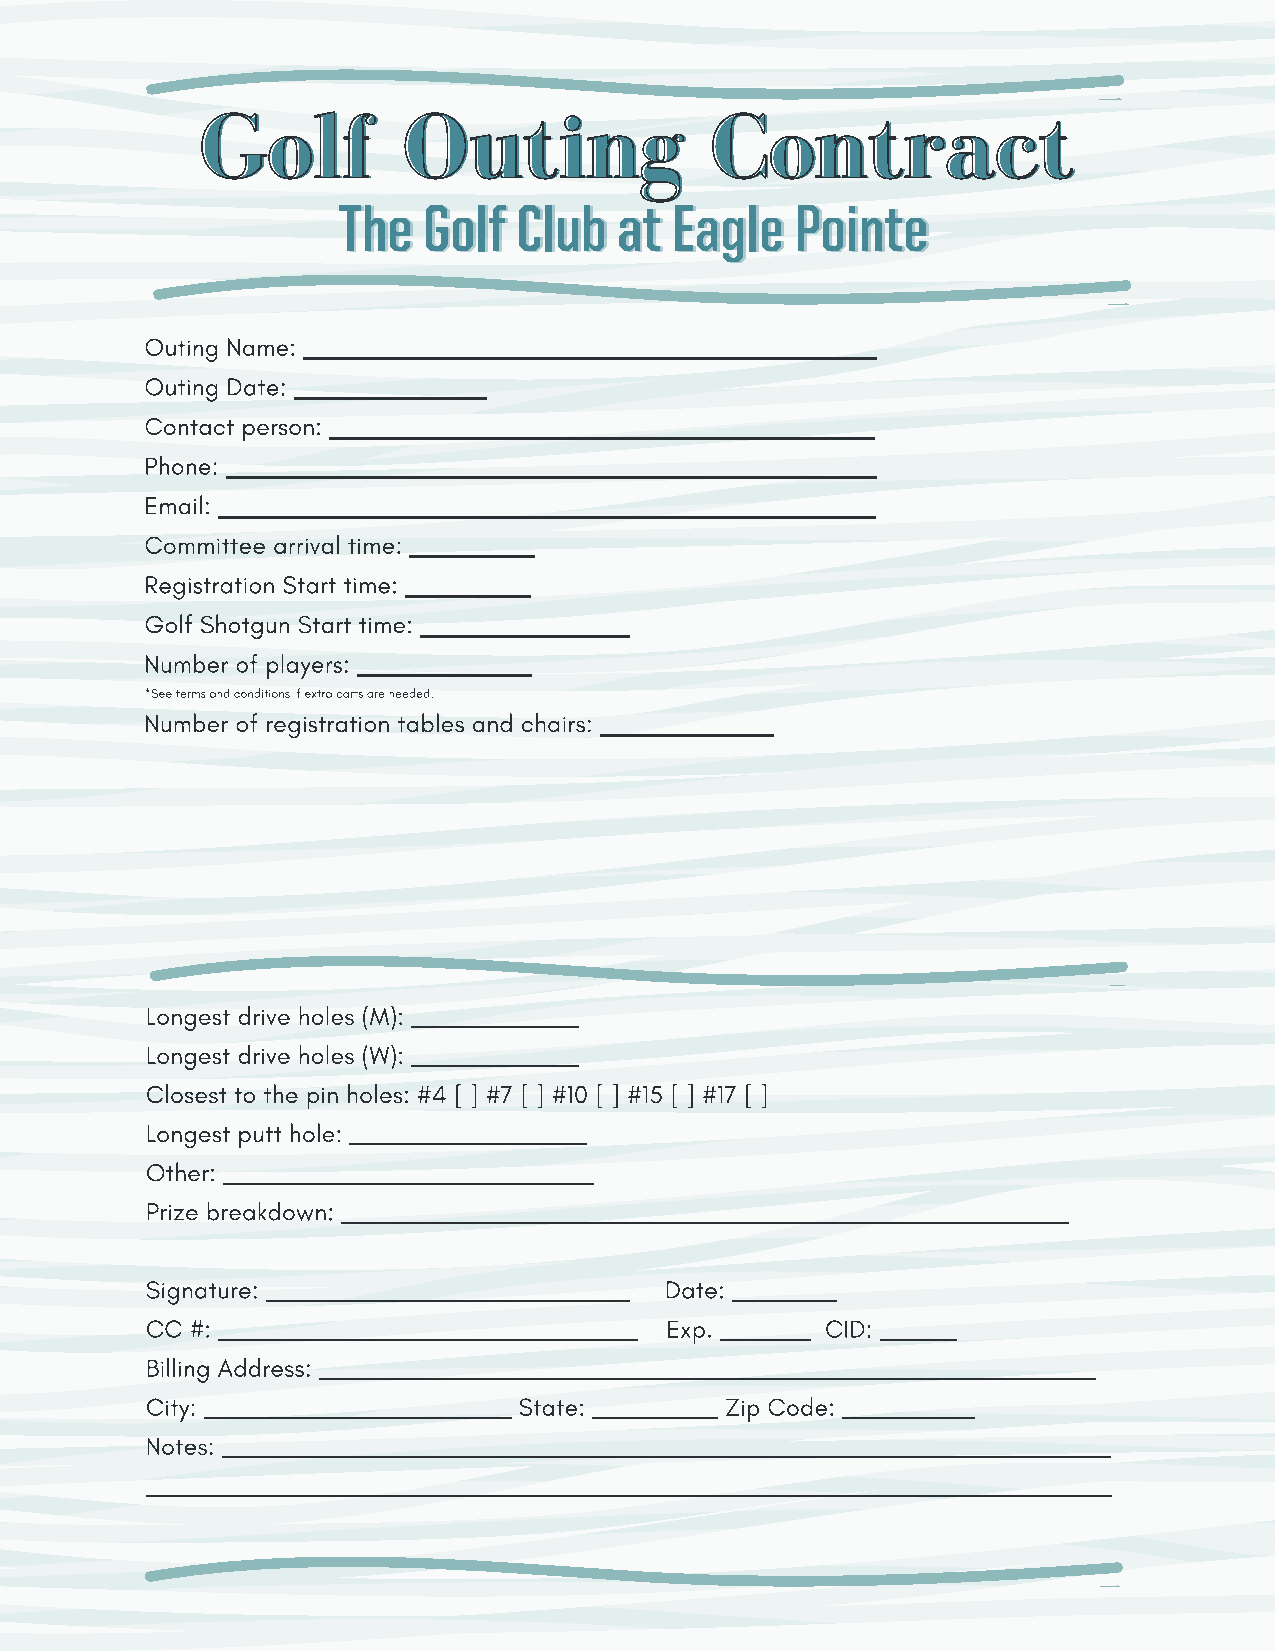
GGoollff      OOuuttiinngg        CCoonnttrraacctt
 TThhee GGoollff CClluubb aatt EEaaggllee PPooiinnttee
 Outing Name:
 Outing Date:     _____
 Contact person:
 Phone:
 Email:
 Committee arrival time:
 Registration Start time:
 Golf Shotgun Start time:
 Number of players:
 *See terms and conditions if extra carts are needed.
 Number of registration tables and chairs: _______
 Longest drive holes (M):
 Longest drive holes (W):
 Closest to the pin holes: #4 [ ] #7 [ ] #10 [ ] #15 [ ] #17 [ ]
 Longest putt hole:
 Other:
 Prize breakdown:
 Signature:                        Date:
 CC #:                             Exp.       CID:
 Billing Address:
 City:                   State:        Zip Code:
 Notes: